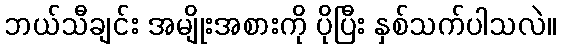
ဘယ်သီချင်း အမျိုးအစားကို ပိုပြီး နှစ်သက်ပါသလဲ။